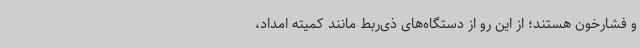
و فشارخون هستند؛ از این رو از دستگاه‌های ذی‌ربط مانند کمیته امداد،